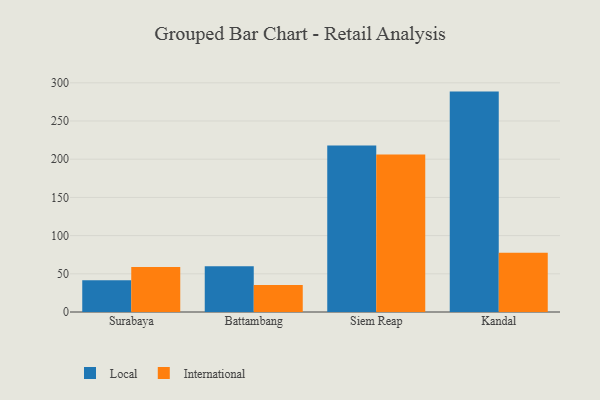
{"axis": {"x": "City", "y": "Humidity (%)"}, "legend": ["International", "Local"], "data": [{"x": "Surabaya", "y": 41.7, "type": "Local"}, {"x": "Surabaya", "y": 58.9, "type": "International"}, {"x": "Battambang", "y": 60.0, "type": "Local"}, {"x": "Battambang", "y": 35.2, "type": "International"}, {"x": "Siem Reap", "y": 218.0, "type": "Local"}, {"x": "Siem Reap", "y": 206.2, "type": "International"}, {"x": "Kandal", "y": 288.5, "type": "Local"}, {"x": "Kandal", "y": 77.4, "type": "International"}]}